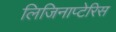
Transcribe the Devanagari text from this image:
लिजिनाप्टेरिस